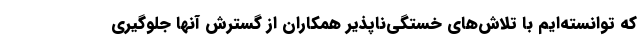
که توانسته‌ایم با تلاش‌های خستگی‌ناپذیر همکاران از گسترش آنها جلوگیری